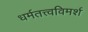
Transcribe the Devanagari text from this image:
धर्मतत्त्वविमर्श